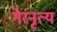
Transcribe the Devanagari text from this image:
गेरनृत्य